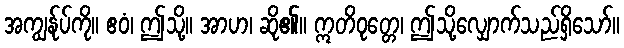
အကျွန်ုပ်ကို။ ဧဝံ၊ ဤသို့။ အာဟ၊ ဆို၏။ ဣတိဝုတ္တေ၊ ဤသို့လျှောက်သည်ရှိသော်။